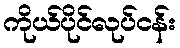
ကိုယ်ပိုင်လုပ်ငန်း